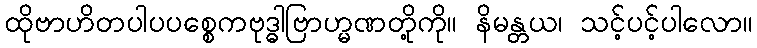
ထိုဗာဟိတပါပပစ္စေကဗုဒ္ဓါဗြာဟ္မဏတို့ကို။ နိမန္တယ၊ သင့်ပင့်ပါလော။